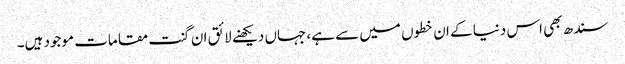
سندھ بھی اس دنیا کے ان خطوں میں سے ہے، جہاں دیکھنے لائق ان گنت مقامات موجود ہیں۔